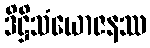
ဒိဋ္ဌိသံယောဇနဿ